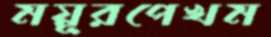
ময়ূরপেখম